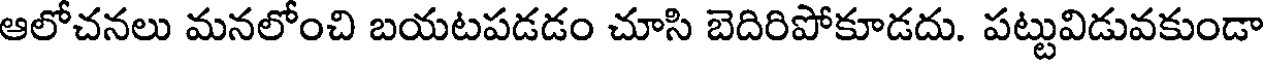
ఆలోచనలు మనలోంచి బయటపడడం చూసి బెదిరిపోకూడదు. పట్టువిడువకుండా